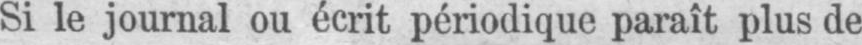
Si le journal ou écrit périodique paraît plus de